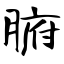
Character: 腑